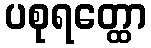
ပစုရတ္ထော